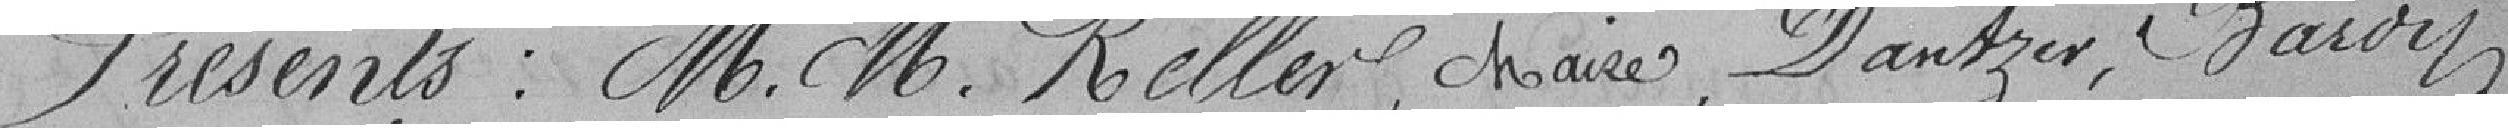
Présents : M.M. Keller , maire , Dantzer, Barou